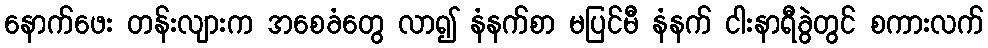
နောက်ဖေး တန်းလျားက အစေခံတွေ လာ၍ နံနက်စာ မပြင်မီ နံနက် ငါးနာရီခွဲတွင် စကားလက်